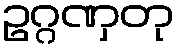
ဥဂ္ဂဏှတု